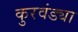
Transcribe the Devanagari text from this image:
कुरवंड्या